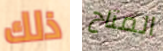
ذلك المتاح